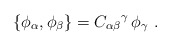
\begin{align*}\{\phi_\alpha,\phi_\beta\}={C_{\alpha\beta}}^\gamma\,\phi_\gamma\ .\end{align*}